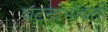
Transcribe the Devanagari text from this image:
घटनांभोवती